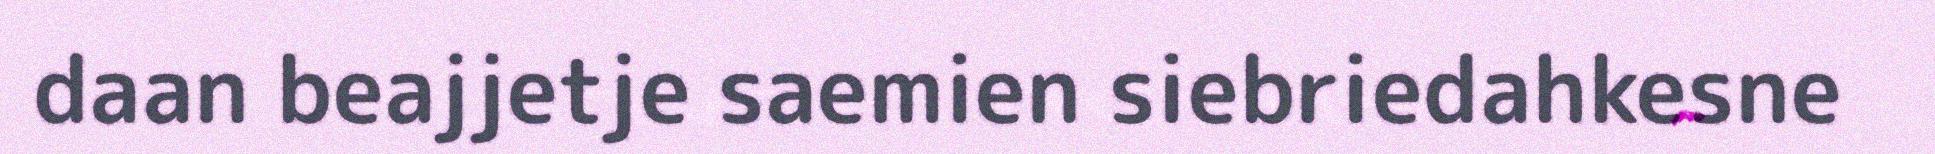
daan beajjetje saemien siebriedahkesne